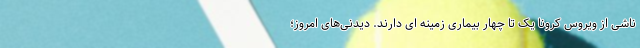
ناشی از ویروس کرونا یک تا چهار بیماری زمینه ای دارند. دیدنی‌های امروز؛